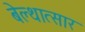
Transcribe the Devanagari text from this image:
बेल्थात्सार